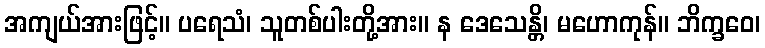
အကျယ်အားဖြင့်။ ပရေသံ၊ သူတစ်ပါးတို့အား။ န ဒေသေန္တိ၊ မဟောကုန်။ ဘိက္ခဝေ၊